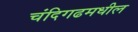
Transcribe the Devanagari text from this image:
चंदिगढमधील